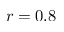
r = 0 . 8